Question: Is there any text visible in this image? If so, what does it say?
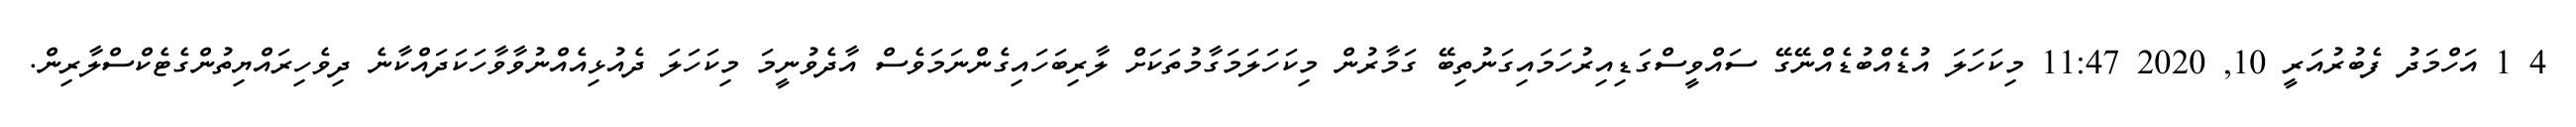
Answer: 4 1 އަހްމަދު ފެބުރުއަރީ 10, 2020 11:47 މިކަހަލަ އުޑެއްބުޑެއްނޭގޭ ސައްވީސްގަޑިއިރުހަމައިގަނުތިބޭ ގަމާރުން މިކަހަލަމަގާމުތަކަށް ލާރިބަހައިގެންނަމަވެސް އާދެވުނީމަ މިކަހަލަ ދެއުޅިއެއްނުވާވާހަކަދައްކާނެ ދިވެހިރައްޔިތުންގެޓެކްސްލާރިން.